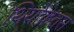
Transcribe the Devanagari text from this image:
थियोक्रेतस